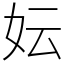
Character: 妘